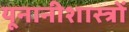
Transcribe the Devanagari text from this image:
यूनानीशास्त्रों